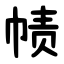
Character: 帻